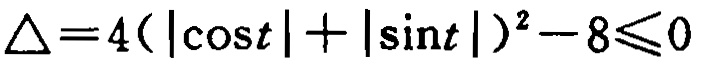
\(\triangle = 4(|\cos t| + |\sin t|)^2 - 8\leqslant0\)